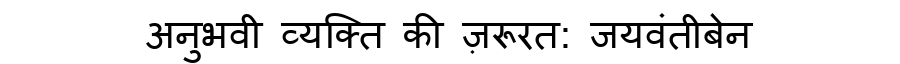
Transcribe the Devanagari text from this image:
अनुभवी व्यक्ति की ज़रूरत: जयवंतीबेन